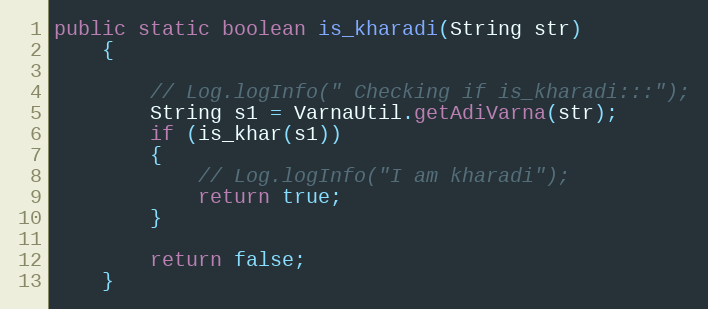
Language: Java
public static boolean is_kharadi(String str)
    {

        // Log.logInfo(" Checking if is_kharadi:::");
        String s1 = VarnaUtil.getAdiVarna(str);
        if (is_khar(s1))
        {
            // Log.logInfo("I am kharadi");
            return true;
        }

        return false;
    }